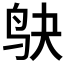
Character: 𫛞